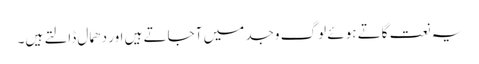
یہ نعت گاتے ہوئے لوگ وجد میں آجاتے ہیں اور دھمال ڈالتے ہیں۔